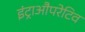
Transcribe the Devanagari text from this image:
इंट्राऔपरेटिव